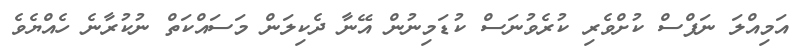
އަމިއްލަ ނަފްސް ކުށްވެރި ކުރެވުނަސް ކުޑަމިނުން އޭނާ ދެކިލަން މަސައްކަތް ނުކުރާނެ ހެއްޔެވެ